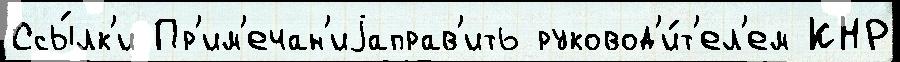
Ссы́лк'и Пр'им'ечан'иjаправ'ить руковод'и́т'ел'ем КНР